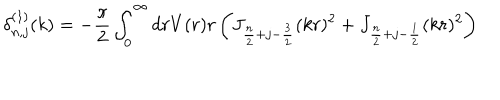
\delta _ { n , j } ^ { ( 1 ) } ( k ) = - \frac { \pi } { 2 } \int _ { 0 } ^ { \infty } d r V ( r ) r \left( J _ { \frac { n } { 2 } + j - \frac { 3 } { 2 } } ( k r ) ^ { 2 } + J _ { \frac { n } { 2 } + j - \frac { 1 } { 2 } } ( k r ) ^ { 2 } \right)